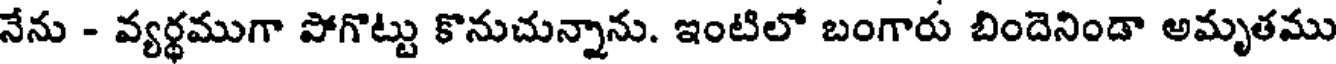
నేను - వ్యర్థముగా పోగొట్టు కొనుచున్నాను. ఇంటిలో బంగారు బిందెనిండా అమృతము